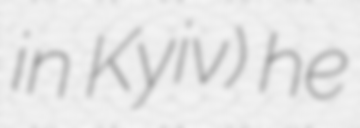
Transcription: in Kyiv) he